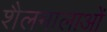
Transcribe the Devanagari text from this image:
शैलमालाओं